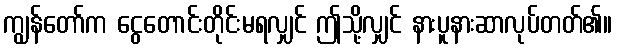
ကျွန်တော်က ငွေတောင်းတိုင်းမရလျှင် ဤသို့လျှင် နားပူနားဆာလုပ်တတ်၏။